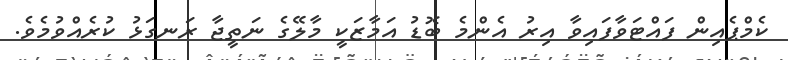
ކެމްޕެއިން ފައްޓަވާފައިވާ އިރު އެންމެ ބޮޑު އަމާޒަކީ މާލޭގެ ނަތީޖާ ރަނގަޅު ކުރެއްވުމެވެ.